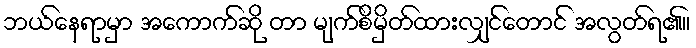
ဘယ်နေရာမှာ အကောက်ဆို တာ မျက်စိမှိတ်ထားလျှင်တောင် အလွတ်ရ၏။